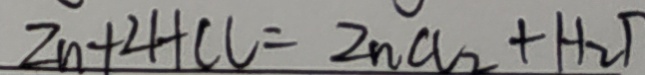
Z n + 2 H C l = 2 n C l _ { 2 } + H _ { 2 } \uparrow